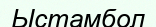
Ыстамбол